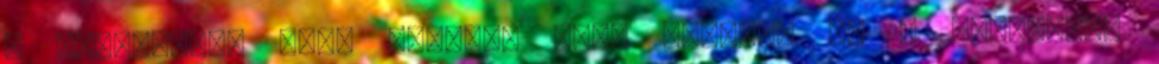
a kártyáján. Elég érdekes mert elvileg az Ő családjáé